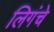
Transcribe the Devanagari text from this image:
लिगंचे